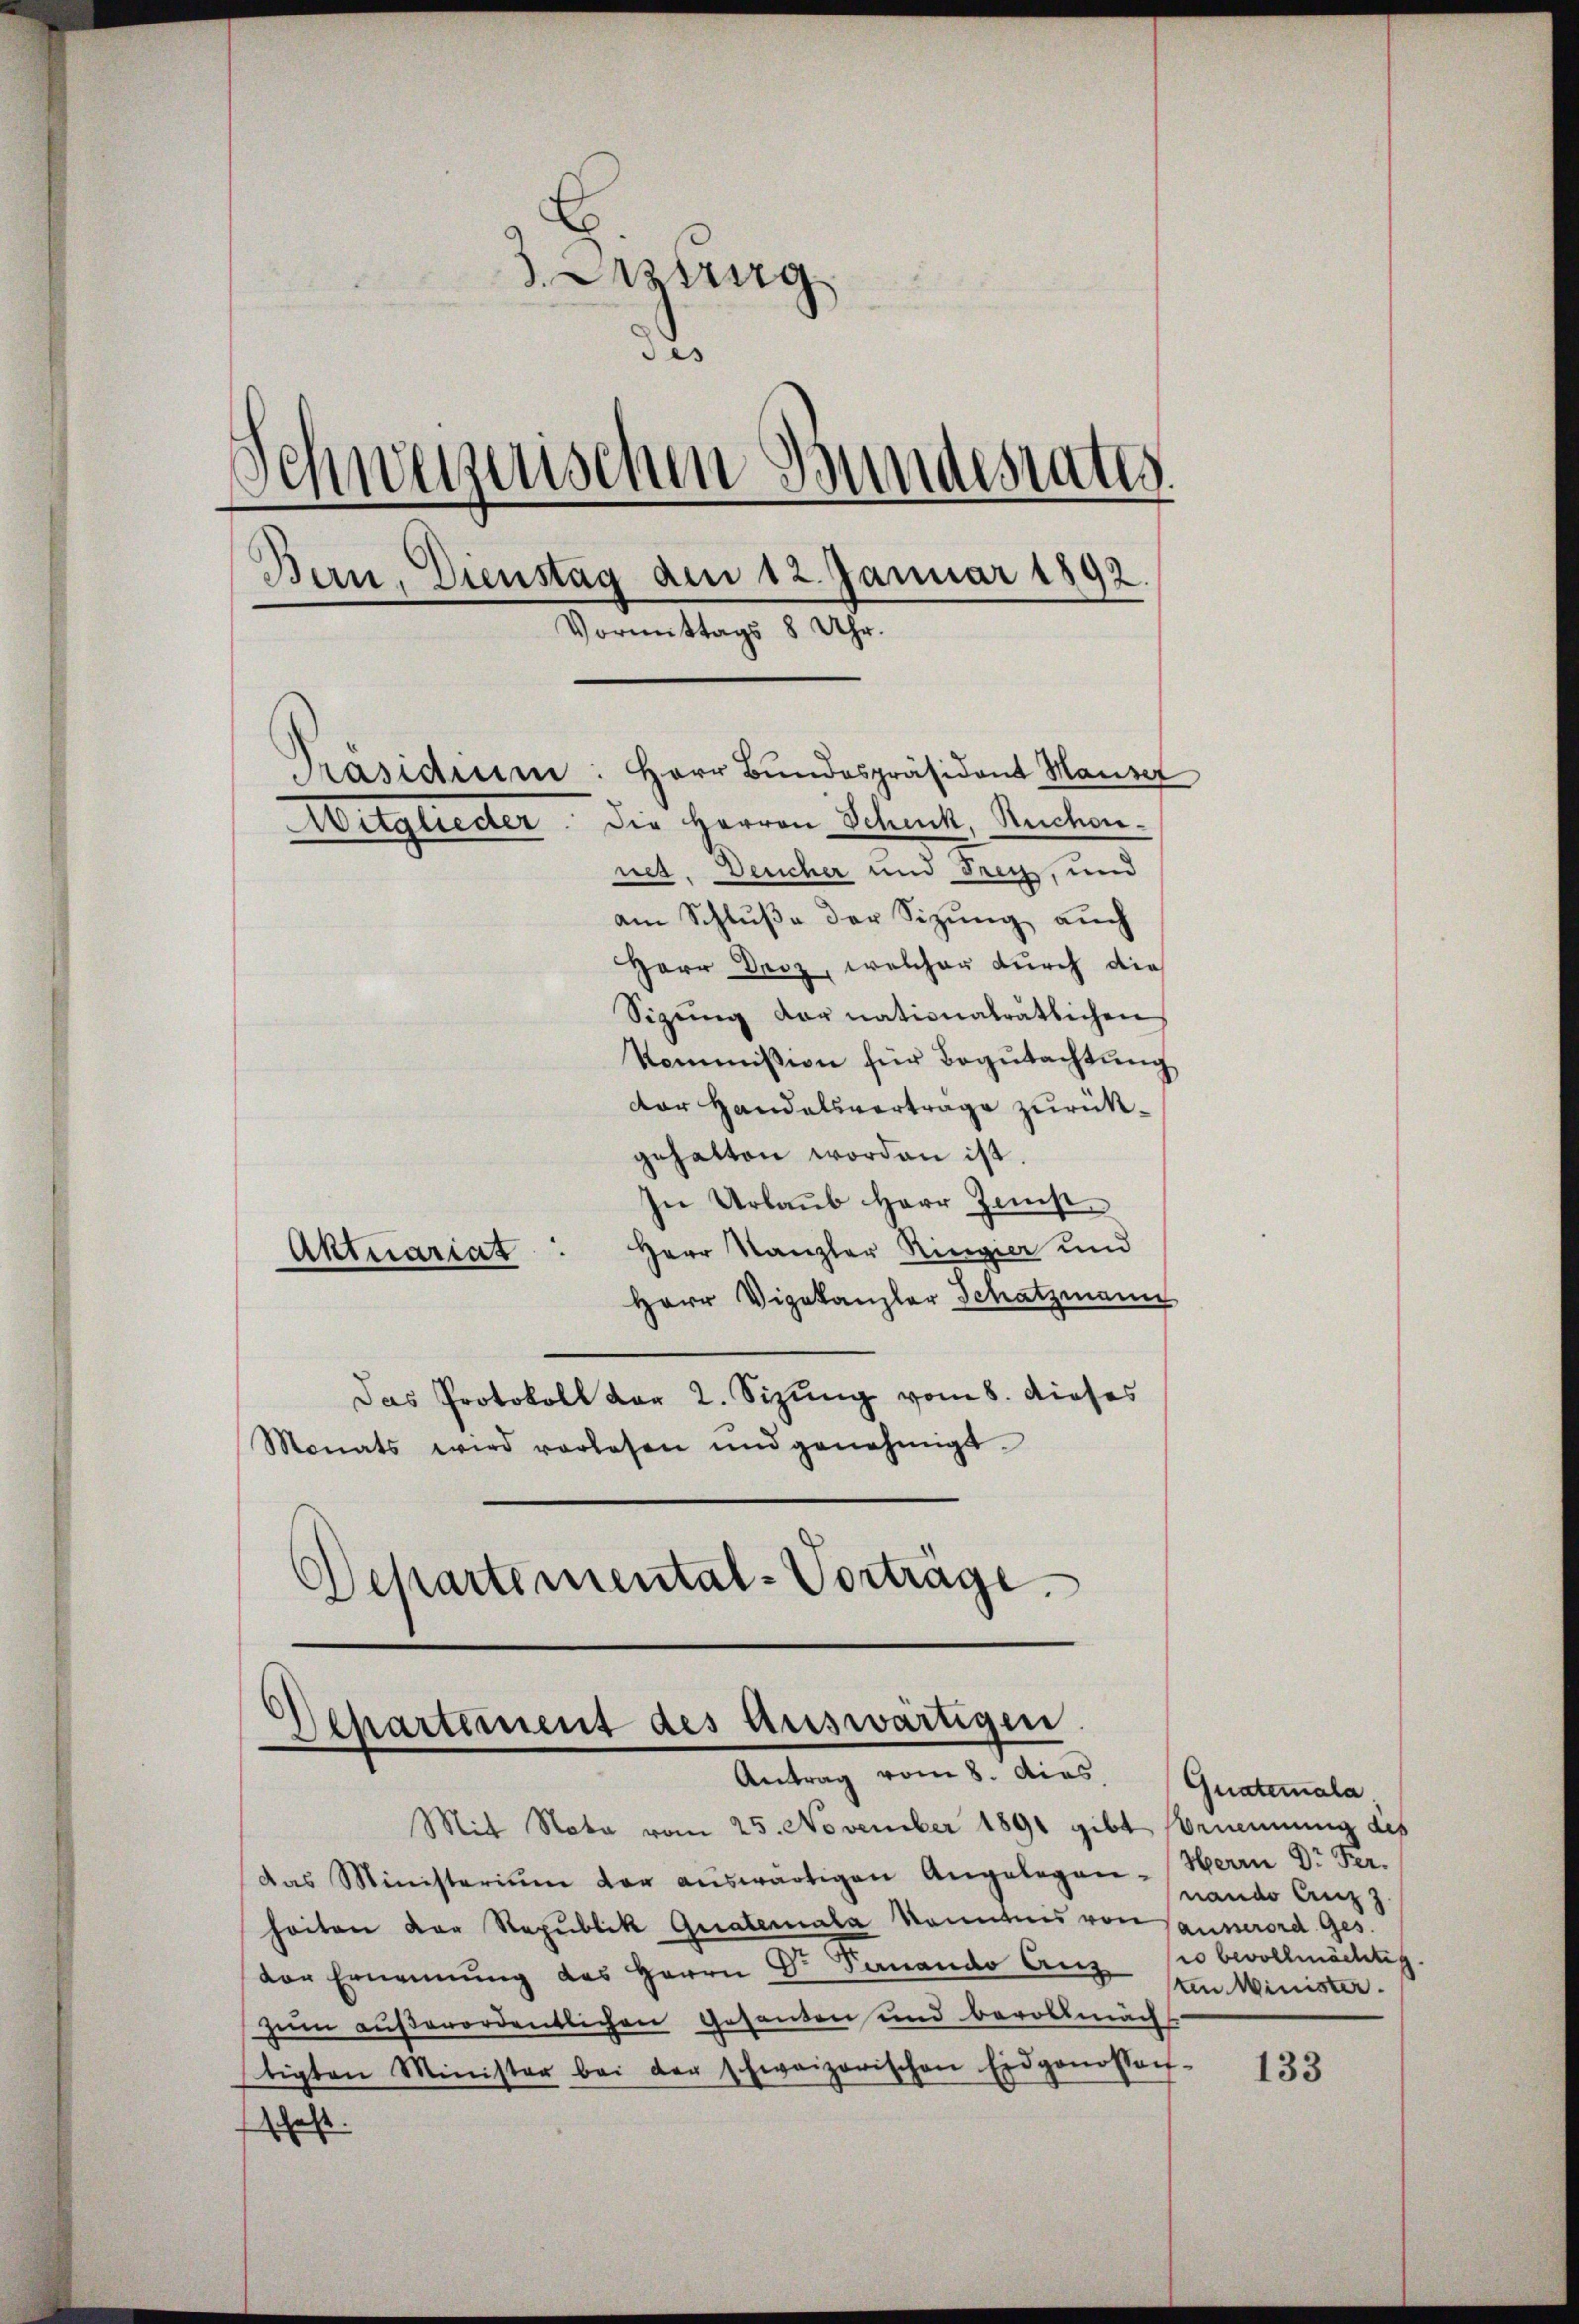
). Aug
de
Schweizerischen Bundesrates
Bern, Dienstag den 12. Januar 1892.
Vormittags 8 Uhr.
Präsidium: Herr Bundespräsident Hause
Mitglieder die Herren Schenk, Reichen.
net. Deucher und Frey, und
am Schluße der Sizung auch
Herr Droz, welcher durch die
Sigung der nationaträtlichen
Kommission für Begutachtung

dor Handelsvertrage zurückgehalten worden ist.
In Urlaub Herr Just
Herr Kanzler Ringier und
Aktuariat
Herr Vizekanzler Schatzmann
Das Protokoll der 2. Sizung vom 8. dieses
Monats wird vorlesen und genehmigt.
Departemental-Vorträge.

Departement des Auswärtigen.
Antrag vom 8. dies

Mit Nota vom 25. November 1891 gibt Ernennung des
das Ministerium der aŭswärtigen Angelegen-Herrn Dr Fer-
heiten der Republik Gerateriala konntnis von Hausserord Ges.
vor Ernennung des Herrn Dr. Panando Aus so bevollmächtig
zum außerordentlichen Gesanten und bevollmächt
tigten Minister bei der schweizerischen Eidgenossen-
hast.

Guatemala
nande Anz
ten Minister.

133